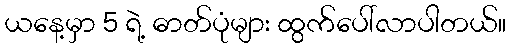
ယနေ့မှာ 5 ရဲ့ ဓာတ်ပုံများ ထွက်ပေါ်လာပါတယ်။